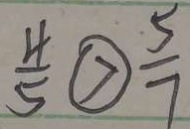
\frac { 4 } { 5 } \textcircled { > } \frac { 5 } { 7 }